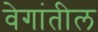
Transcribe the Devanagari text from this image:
वेगांतील